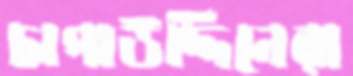
চাপাউদ্দিনেরা